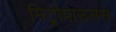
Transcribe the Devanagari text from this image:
मिट्रोपाउलस